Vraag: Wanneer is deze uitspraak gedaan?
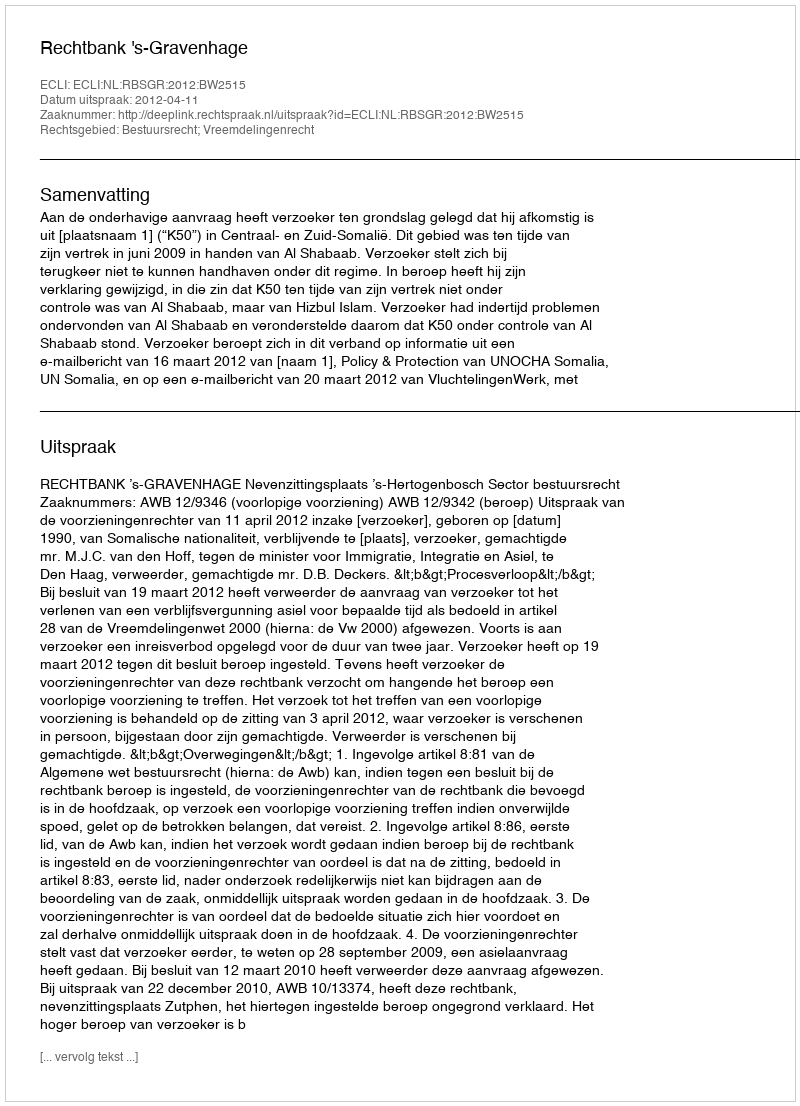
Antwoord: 2012-04-11